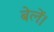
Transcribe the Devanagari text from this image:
बेलें।